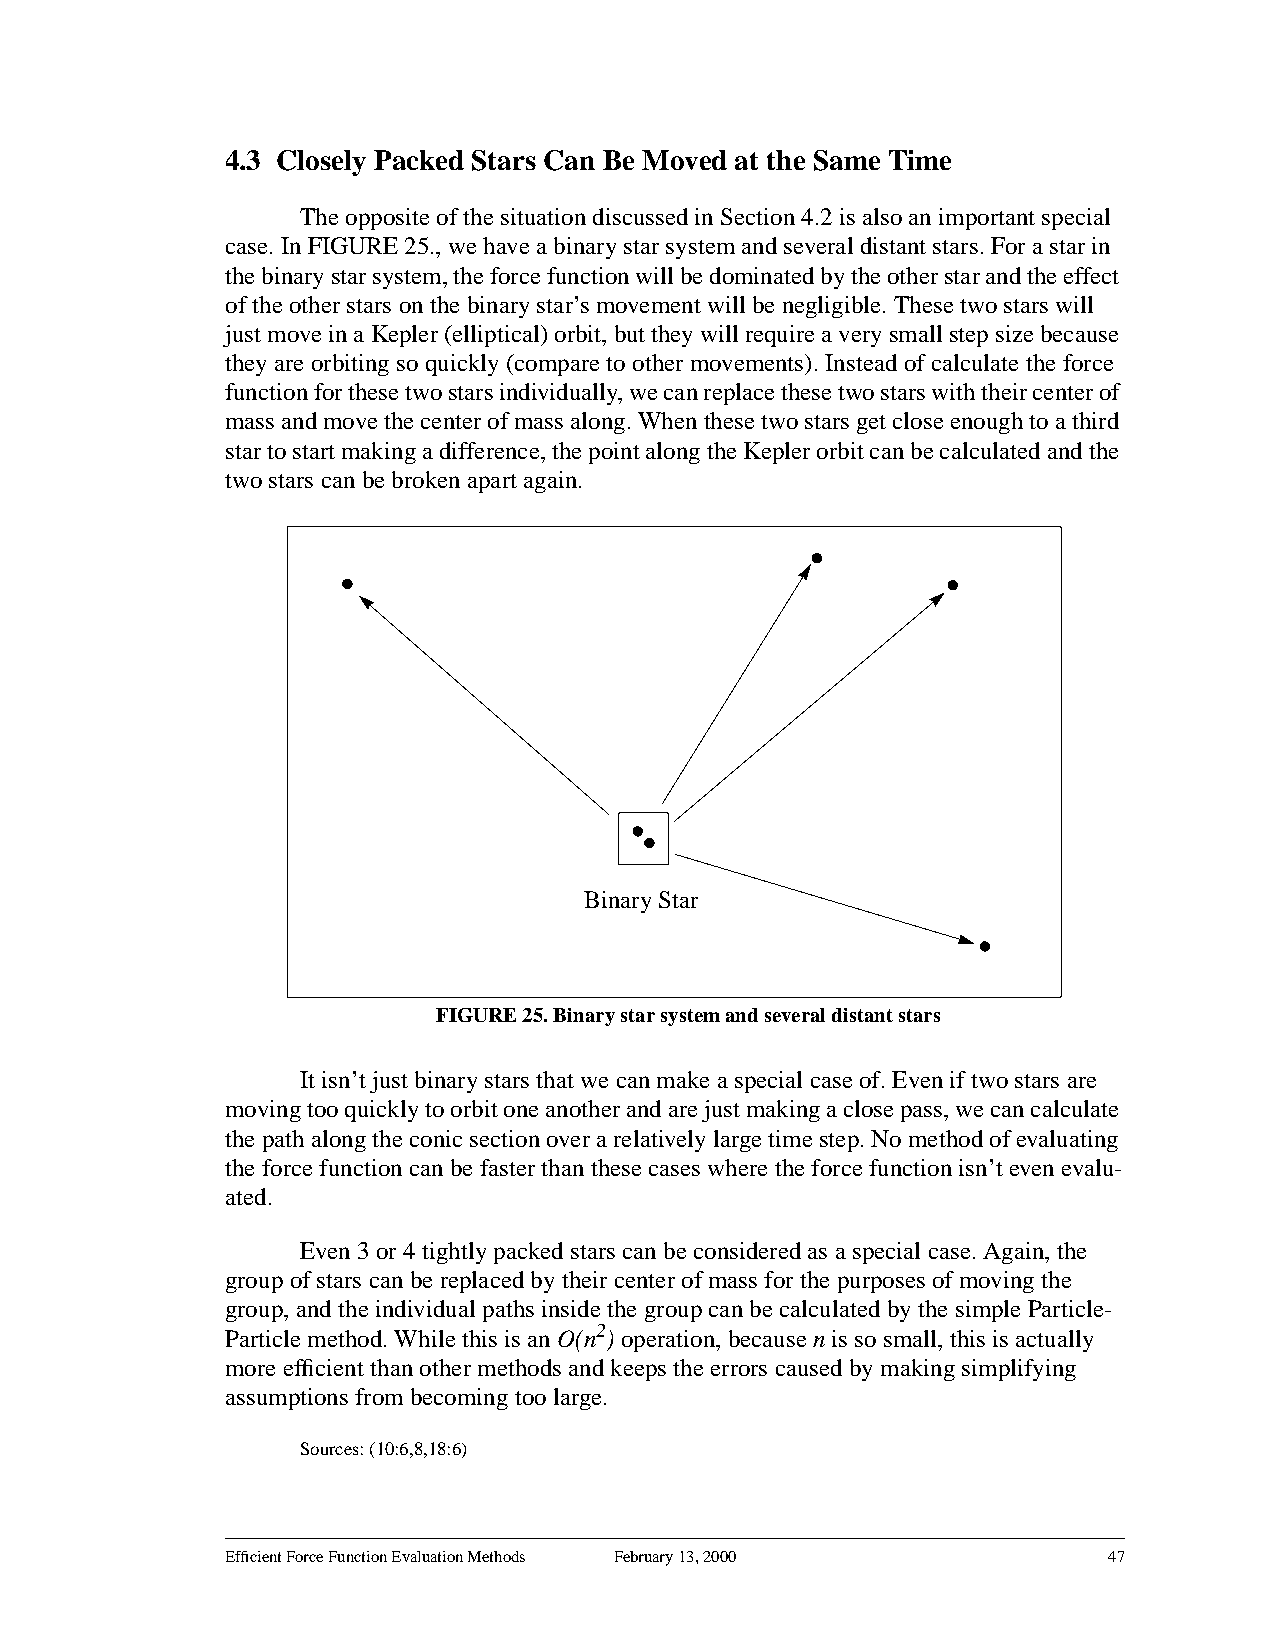
4.3 Closely Packed Stars Can Be Moved at the Same Time
 The opposite of the situation discussed in Section 4.2 is also an important special
 case. In FIGURE 25., we have a binary star system and several distant stars. For a star in
 thebinarystarsystem,theforcefunctionwillbedominatedbytheotherstarandtheeffect
 of the other stars on the binary star’s movement will be negligible. These two stars will
 justmoveinaKepler(elliptical)orbit,buttheywillrequireaverysmallstepsizebecause
 they are orbiting so quickly (compare to other movements). Instead of calculate the force
 functionforthesetwostarsindividually,wecanreplacethesetwostarswiththeircenterof
 massandmovethecenterofmassalong.Whenthesetwostarsgetcloseenoughtoathird
 startostartmakingadifference,thepointalongtheKeplerorbitcanbecalculatedandthe
 two stars can be broken apart again.
 Binary Star
 FIGURE 25. Binary star system and several distant stars
 It isn’t just binary stars that we can make a special case of. Even if two stars are
 movingtooquicklytoorbitoneanotherandarejustmakingaclosepass,wecancalculate
 thepathalongtheconicsectionoverarelativelylargetimestep.Nomethodofevaluating
 the force function can be faster than these cases where the force function isn’t even evalu-
 ated.
 Even 3 or 4 tightly packed stars can be considered as a special case. Again, the
 group of stars can be replaced by their center of mass for the purposes of moving the
 group, and the individual paths inside the group can be calculated by the simple Particle-
 Particle method. While this is an O(n2) operation, becausen is so small, this is actually
 more efficient than other methods and keeps the errors caused by making simplifying
 assumptions from becoming too large.
 Sources: (10:6,8,18:6)
 Efficient Force Function Evaluation Methods February 13, 2000 47